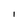
Character: l